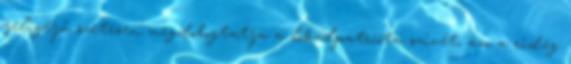
jeligéjű szetesen megdobogtatja a lokálpatrióta szívét, ám a rideg